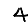
Digit: 4